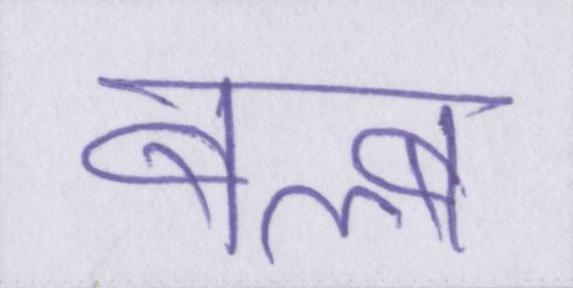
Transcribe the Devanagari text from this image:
बल्ब